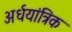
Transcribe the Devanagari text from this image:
अर्धयांत्रिक